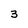
Character: 3